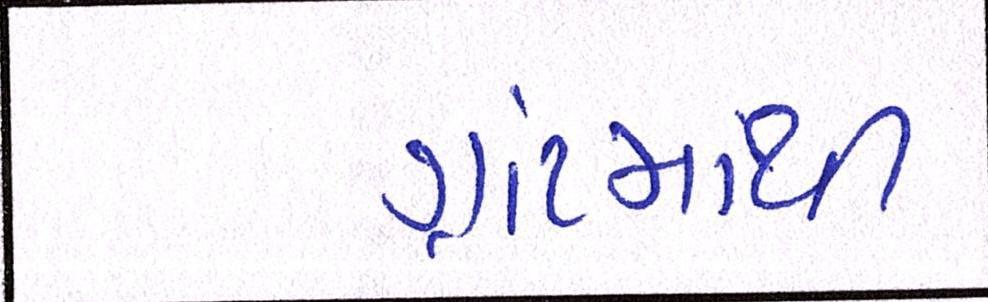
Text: ગ્રાંટમાથી